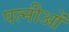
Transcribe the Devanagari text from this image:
पत्नीओं